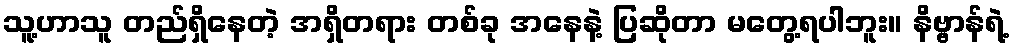
သူ့ဟာသူ တည်ရှိနေတဲ့ အရှိတရား တစ်ခု အနေနဲ့ ပြဆိုတာ မတွေ့ရပါဘူး။ နိဗ္ဗာန်ရဲ့